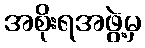
အစိုးရအဖွဲ့မှ